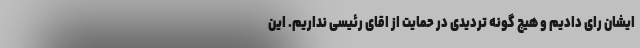
ایشان رای دادیم و هیچ گونه تردیدی در حمایت از اقای رئیسی نداریم. این